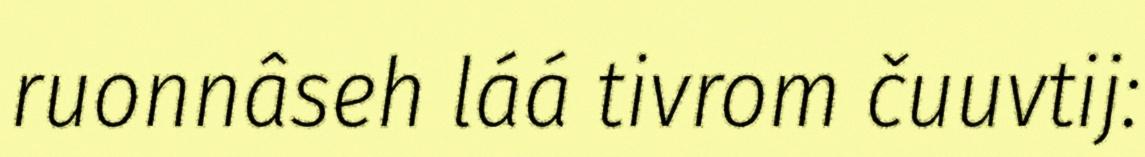
ruonnâseh láá tivrom čuuvtij: